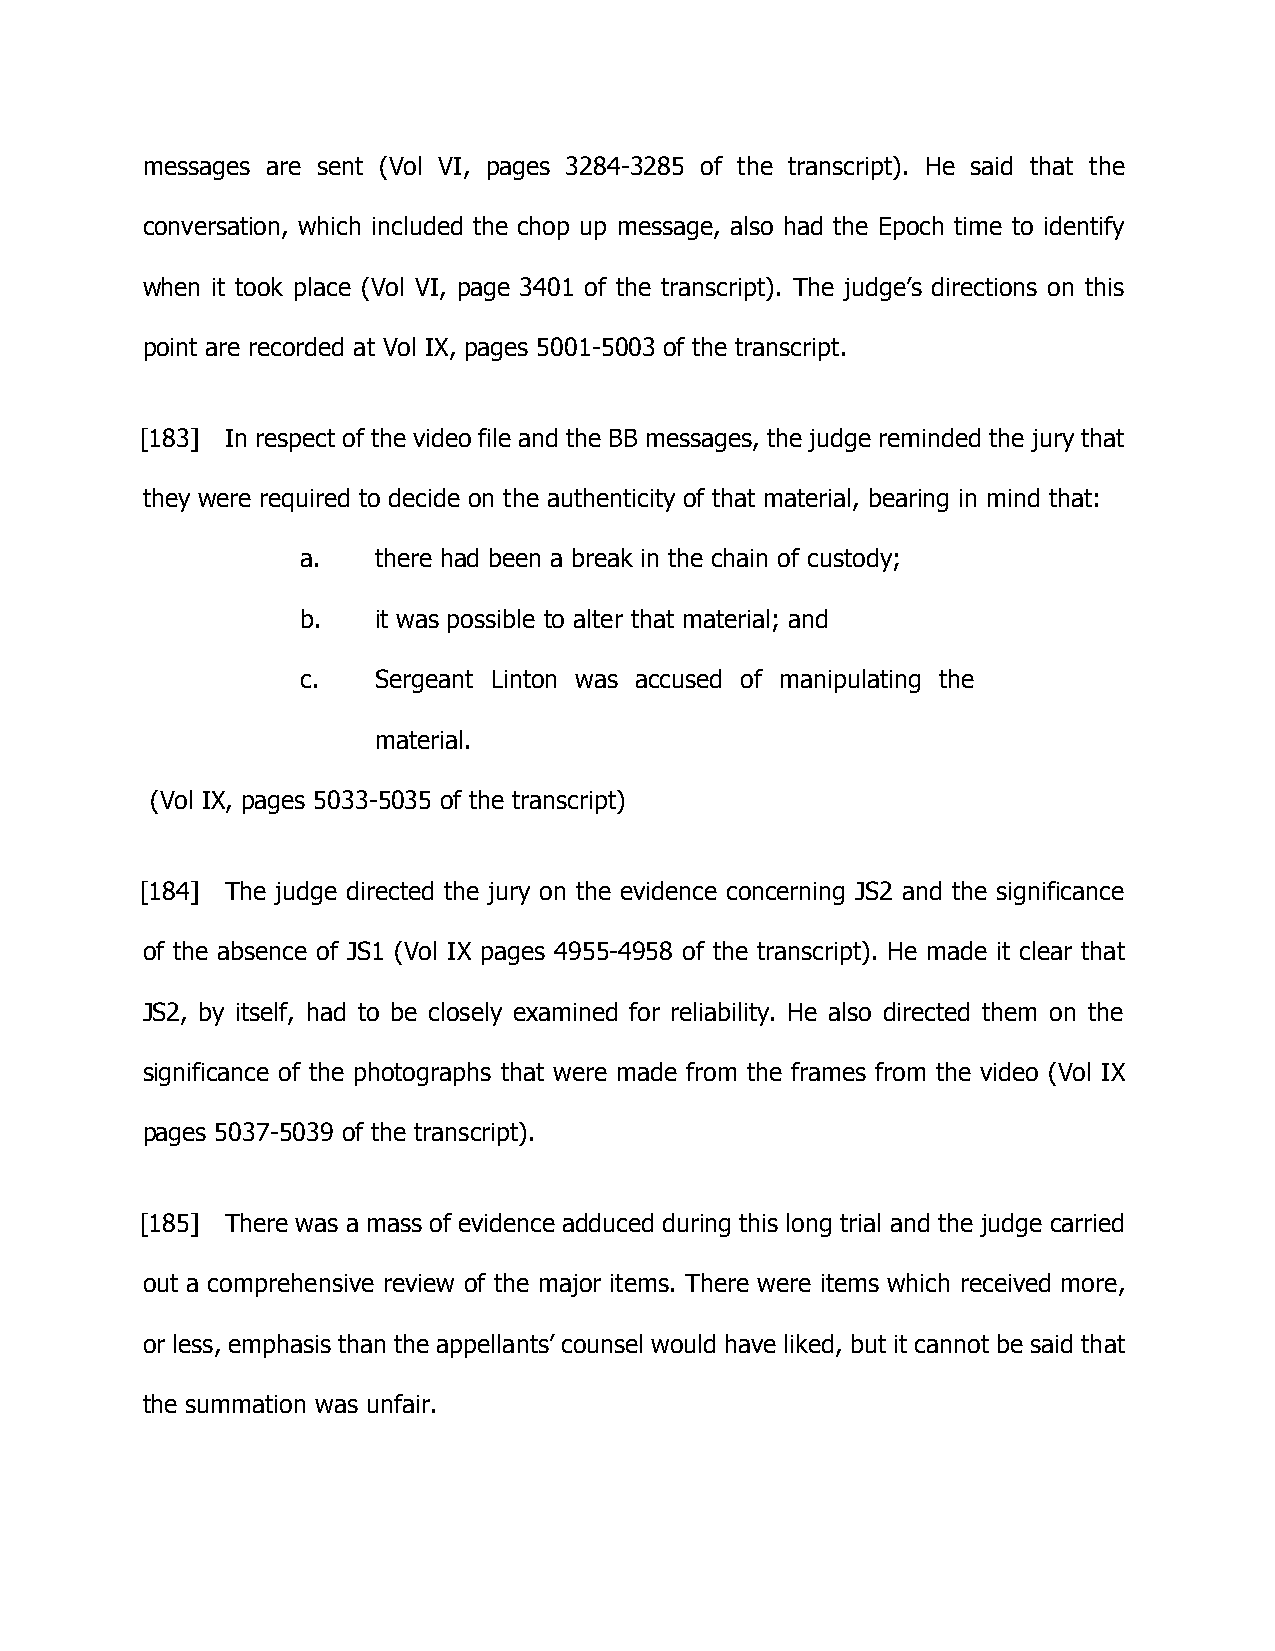
messages are sent (Vol VI, pages 3284-3285 of the transcript). He said that the
 conversation, which included the chop up message, also had the Epoch time to identify
 when it took place (Vol VI, page 3401 of the transcript). The judge’s directions on this
 point are recorded at Vol IX, pages 5001-5003 of the transcript.
 [183] In respect of the video file and the BB messages, the judge reminded the jury that
 they were required to decide on the authenticity of that material, bearing in mind that:
 a.   there had been a break in the chain of custody;
 b.   it was possible to alter that material; and
 c.   Sergeant Linton was accused of manipulating the
 material.
 (Vol IX, pages 5033-5035 of the transcript)
 [184] The judge directed the jury on the evidence concerning JS2 and the significance
 of the absence of JS1 (Vol IX pages 4955-4958 of the transcript). He made it clear that
 JS2, by itself, had to be closely examined for reliability. He also directed them on the
 significance of the photographs that were made from the frames from the video (Vol IX
 pages 5037-5039 of the transcript).
 [185] There was a mass of evidence adduced during this long trial and the judge carried
 out a comprehensive review of the major items. There were items which received more,
 or less, emphasis than the appellants’ counsel would have liked, but it cannot be said that
 the summation was unfair.